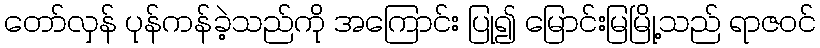
တော်လှန် ပုန်ကန်ခဲ့သည်ကို အကြောင်း ပြု၍ မြောင်းမြမြို့သည် ရာဇဝင်